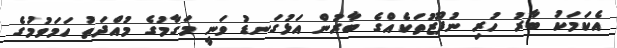
އެކަމަކު ބާރު ހުރި ނުފޫޒުތަކެއްގެ ބާރުން އަޅުގަނޑު ވަނީ މަގާމުގެ މުއްދަތު ހަމަވުމުގެ